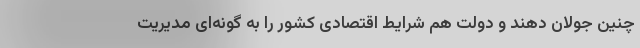
چنین جولان دهند و دولت هم شرایط اقتصادی کشور را به گونه‌ای مدیریت